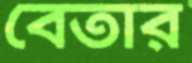
বেতার